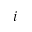
i